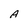
Character: A